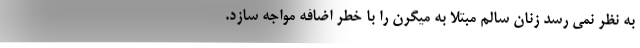
به نظر نمی رسد زنان سالم مبتلا به میگرن را با خطر اضافه مواجه سازد.